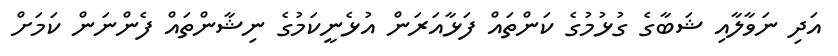
އަދި ނަވާލާއި ޝަބާގެ ގުޅުމުގެ ކަންތައް ފަޅާއަރަން އުޅެނީކަމުގެ ނިޝާންތައް ފެންނަން ކަމަށް